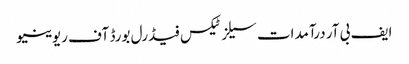
ایف بی آر درآمدات سیلز ٹیکس فیڈرل بورڈ آف ریوینیو